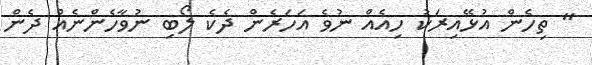
" ތިހެން އުޅޭއިރަކު ހިއެއް ނުވެ އަހަރެން ދެކެ ލޯބި ނުވާހެންނެއް ދެން